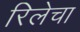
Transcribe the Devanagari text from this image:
रिलेचा